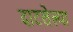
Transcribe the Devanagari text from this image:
दाटलेल्या